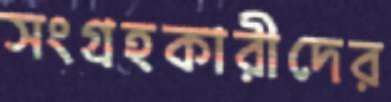
সংগ্রহকারীদের